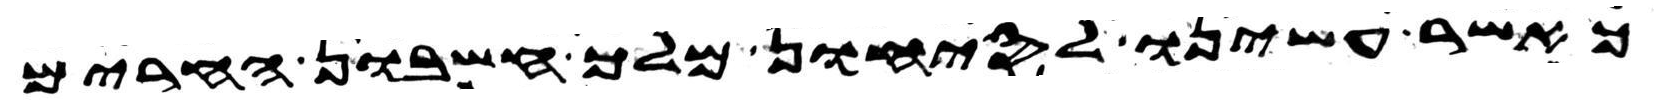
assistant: כאשר עשינו לסיחון מלך חשבון החרים